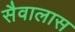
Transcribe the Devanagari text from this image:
सैवालास